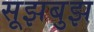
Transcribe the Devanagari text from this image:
सूझबुझ